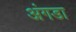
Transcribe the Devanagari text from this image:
अंगडा